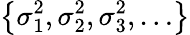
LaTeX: \left\{ \sigma_{1}^{2},\sigma_{2}^{2},\sigma_{3}^{2},\ldots\right\}